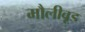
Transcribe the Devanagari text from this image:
मौलीवूड